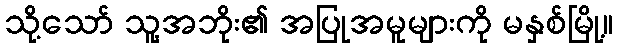
သို့သော် သူ့အဘိုး၏ အပြုအမူများကို မနှစ်မြို့။